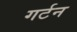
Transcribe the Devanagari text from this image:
गर्टन